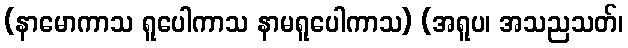
(နာမောကာသ ရူပေါကာသ နာမရူပေါကာသ) (အရူပ၊ အသညသတ်၊